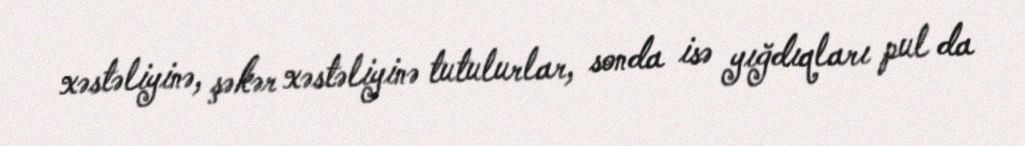
xəstəliyinə, şəkər xəstəliyinə tutulurlar, sonda isə yığdıqları pul da